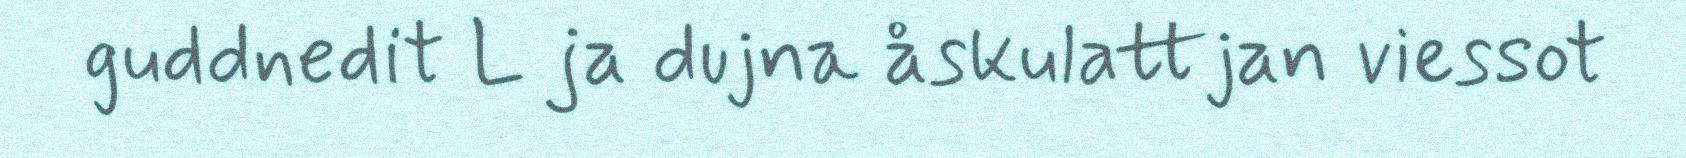
guddnedit L ja dujna åskulattjan viessot